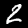
Label: 2